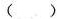
()